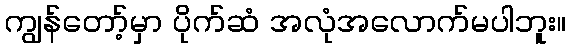
ကျွန်တော့်မှာ ပိုက်ဆံ အလုံအလောက်မပါဘူး။